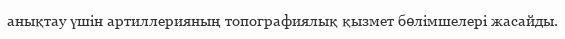
анықтау үшін артиллерияның топографиялық қызмет бөлімшелері жасайды.